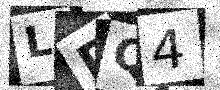
Text: LDQ4